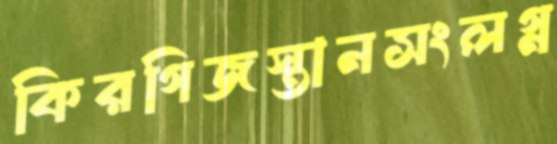
কিরগিজস্তানসংলগ্ন